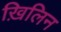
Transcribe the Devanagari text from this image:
ख़िलिन